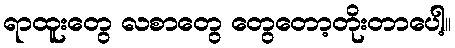
ရာထူးတွေ လစာတွေ တွေတော့တိုးတာပေါ့။